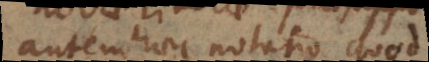
autem haec notatio quod